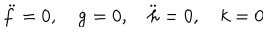
LaTeX: \ddot { f } = 0 , \quad \dot { g } = 0 , \quad \ddot { h } = 0 , \quad k = 0